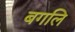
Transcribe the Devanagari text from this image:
बगलि